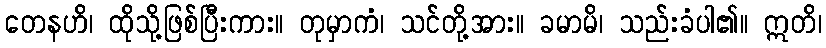
တေနဟိ၊ ထိုသို့ဖြစ်ပြီးကား။ တုမှာကံ၊ သင်တို့အား။ ခမာမိ၊ သည်းခံပါ၏။ ဣတိ၊